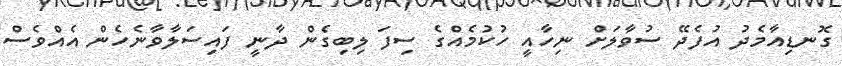
ގޮނޑިއާމެދު އުފެދޭ ސުވާލަށް ނިހާއީ ހުކުމެއްގެ ސިފަ ލިބިގެން ދާނީ ފައިސަލާވާނެހެން އެއްވެސް